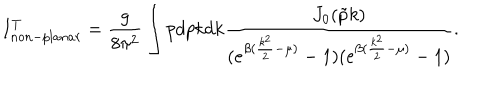
LaTeX: I _ { n o n - p l a n a r } ^ { T } = \frac { g } { 8 \pi ^ { 2 } } \int p d p k d k \frac { J _ { 0 } ( \tilde { p } k ) } { ( e ^ { \beta ( \frac { k ^ { 2 } } { 2 } - \mu ) } - 1 ) ( e ^ { \beta ( \frac { k ^ { 2 } } { 2 } - \mu ) } - 1 ) } .